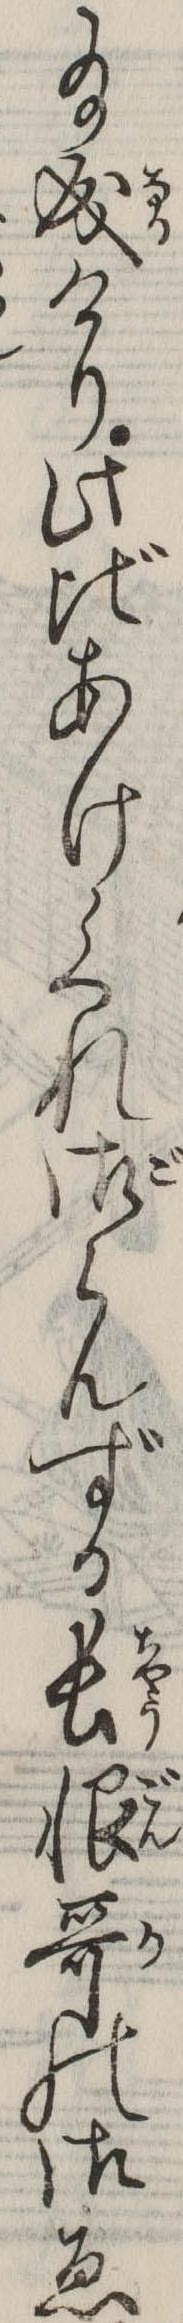
給成けり此比あけくれ御らんずる長恨歌の御ゑ